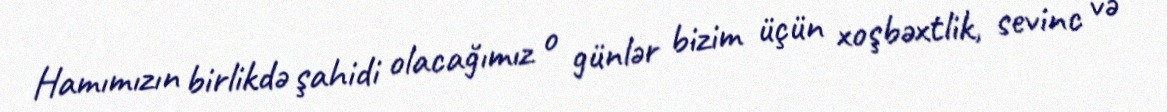
Hamımızın birlikdə şahidi olacağımız o günlər bizim üçün xoşbəxtlik, sevinc və